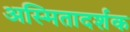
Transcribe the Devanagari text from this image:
अस्मितादर्शक